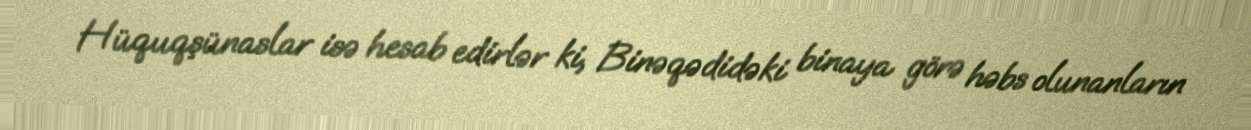
Hüquqşünaslar isə hesab edirlər ki, Binəqədidəki binaya görə həbs olunanların